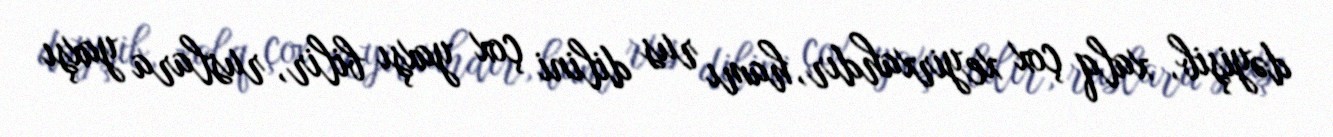
dəyişib, xalq çox xeyirxahdır, hamı rus dilini çox yaxşı bilir, ruslara yaxşı